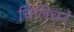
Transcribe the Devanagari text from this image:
चिलिचने